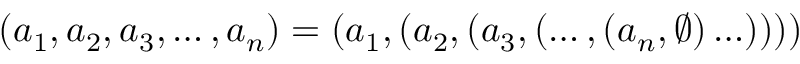
( a _ { 1 } , a _ { 2 } , a _ { 3 } , \ldots , a _ { n } ) = ( a _ { 1 } , ( a _ { 2 } , ( a _ { 3 } , ( \ldots , ( a _ { n } , \emptyset ) \ldots ) ) ) )